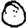
Digit: 0